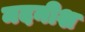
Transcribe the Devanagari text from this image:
मदनीश